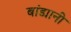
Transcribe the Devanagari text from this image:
बांड्यानी